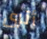
أترى